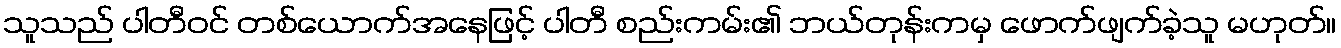
သူသည် ပါတီဝင် တစ်ယောက်အနေဖြင့် ပါတီ စည်းကမ်း၏ ဘယ်တုန်းကမှ ဖောက်ဖျက်ခဲ့သူ မဟုတ်။